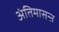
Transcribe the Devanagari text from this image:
अंतिमासन्ऩ